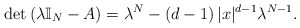
\begin{align*}\det\left( \lambda\mathbb{I}_{N}-A\right) =\lambda^{N}-\left( d-1\right)|x|^{d-1}\lambda^{N-1}.\end{align*}